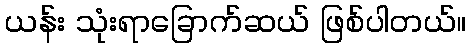
ယန်း သုံးရာခြောက်ဆယ် ဖြစ်ပါတယ်။